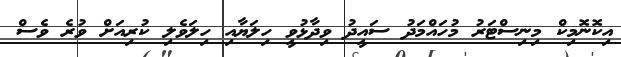
އިކޮނޮމިކް މިނިސްޓަރު މުހައްމަދު ސައީދު ވިދާޅުވީ ހިލަޔާއި ހިލަވެލި ކުރިއަށް ވުރެ ވެސް